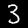
Digit: 3